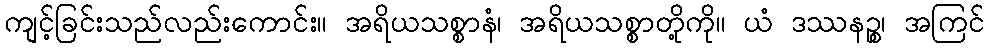
ကျင့်ခြင်းသည်လည်းကောင်း။ အရိယသစ္စာနံ၊ အရိယသစ္စာတို့ကို။ ယံ ဒဿနဉ္စ၊ အကြင်